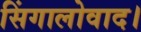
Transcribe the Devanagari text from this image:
सिंगालोवाद।